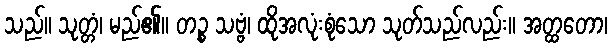
သည်။ သုတ္တံ၊ မည်၏။ တဉ္စ သဗ္ဗံ၊ ထိုအလုံးစုံသော သုတ်သည်လည်း။ အတ္ထတော၊